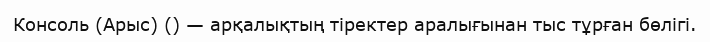
Консоль (Арыс) () — арқалықтың тіректер аралығынан тыс тұрған бөлігі.